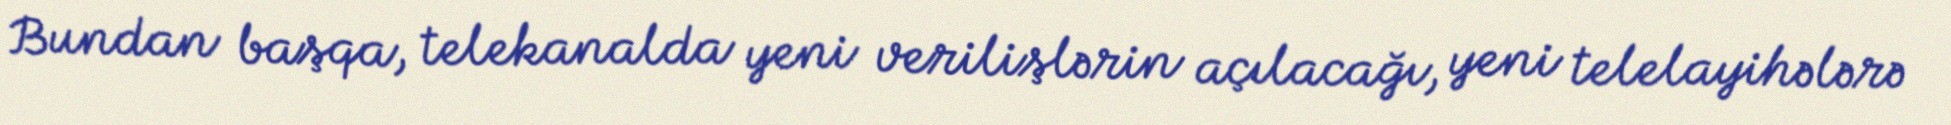
Bundan başqa, telekanalda yeni verilişlərin açılacağı, yeni telelayihələrə